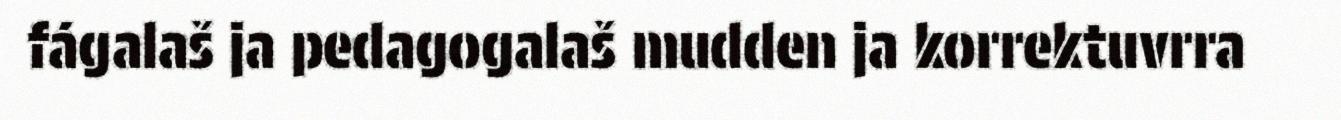
fágalaš ja pedagogalaš mudden ja korrektuvrra